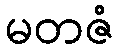
မတဇံ